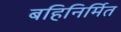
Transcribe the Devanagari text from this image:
बहिनिर्मित